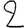
Digit: 2